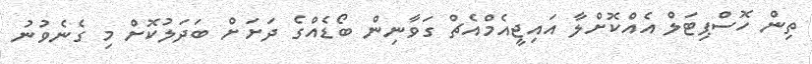
ތިން ހޮސްޕިޓަލް އެއްކޮށްލާ އައިޖީއެމްއެޗް ގަވާނިން ބޯޑެއްގެ ދަށަށް ބަދަލުކޮށް މި ގެނެވުނު